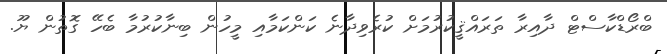
ބްރޯޑްކާސްޓް ދާއިރާ ތަރައްޤީކުރުމަށް ކުރެވިދާނެ ކަންކަމާއި މީހުން ބިނާކުރުމާ ބެހޭ ގޮތުން ޔޫ.